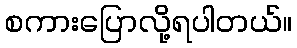
စကားပြောလို့ရပါတယ်။